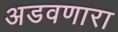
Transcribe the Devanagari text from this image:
अडवणारा